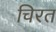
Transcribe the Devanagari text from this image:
चिरत